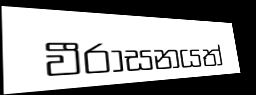
වීරාසනයත්